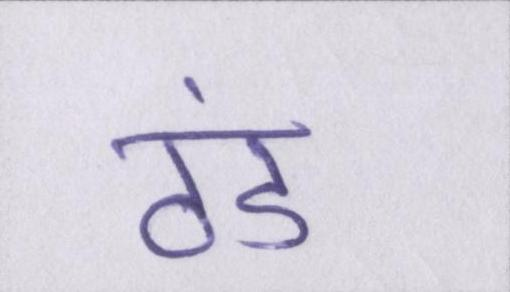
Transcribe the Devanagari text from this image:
ठंड